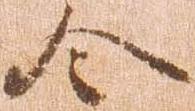
令